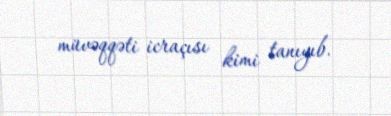
müvəqqəti icraçısı kimi tanıyıb.